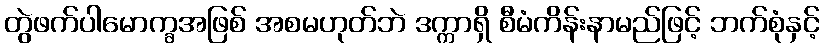
တွဲဖက်ပါမောက္ခအဖြစ် အစမဟုတ်ဘဲ ဒက္ကာရှိ စီမံကိန်းနာမည်ဖြင့် ဘက်စုံနှင့်